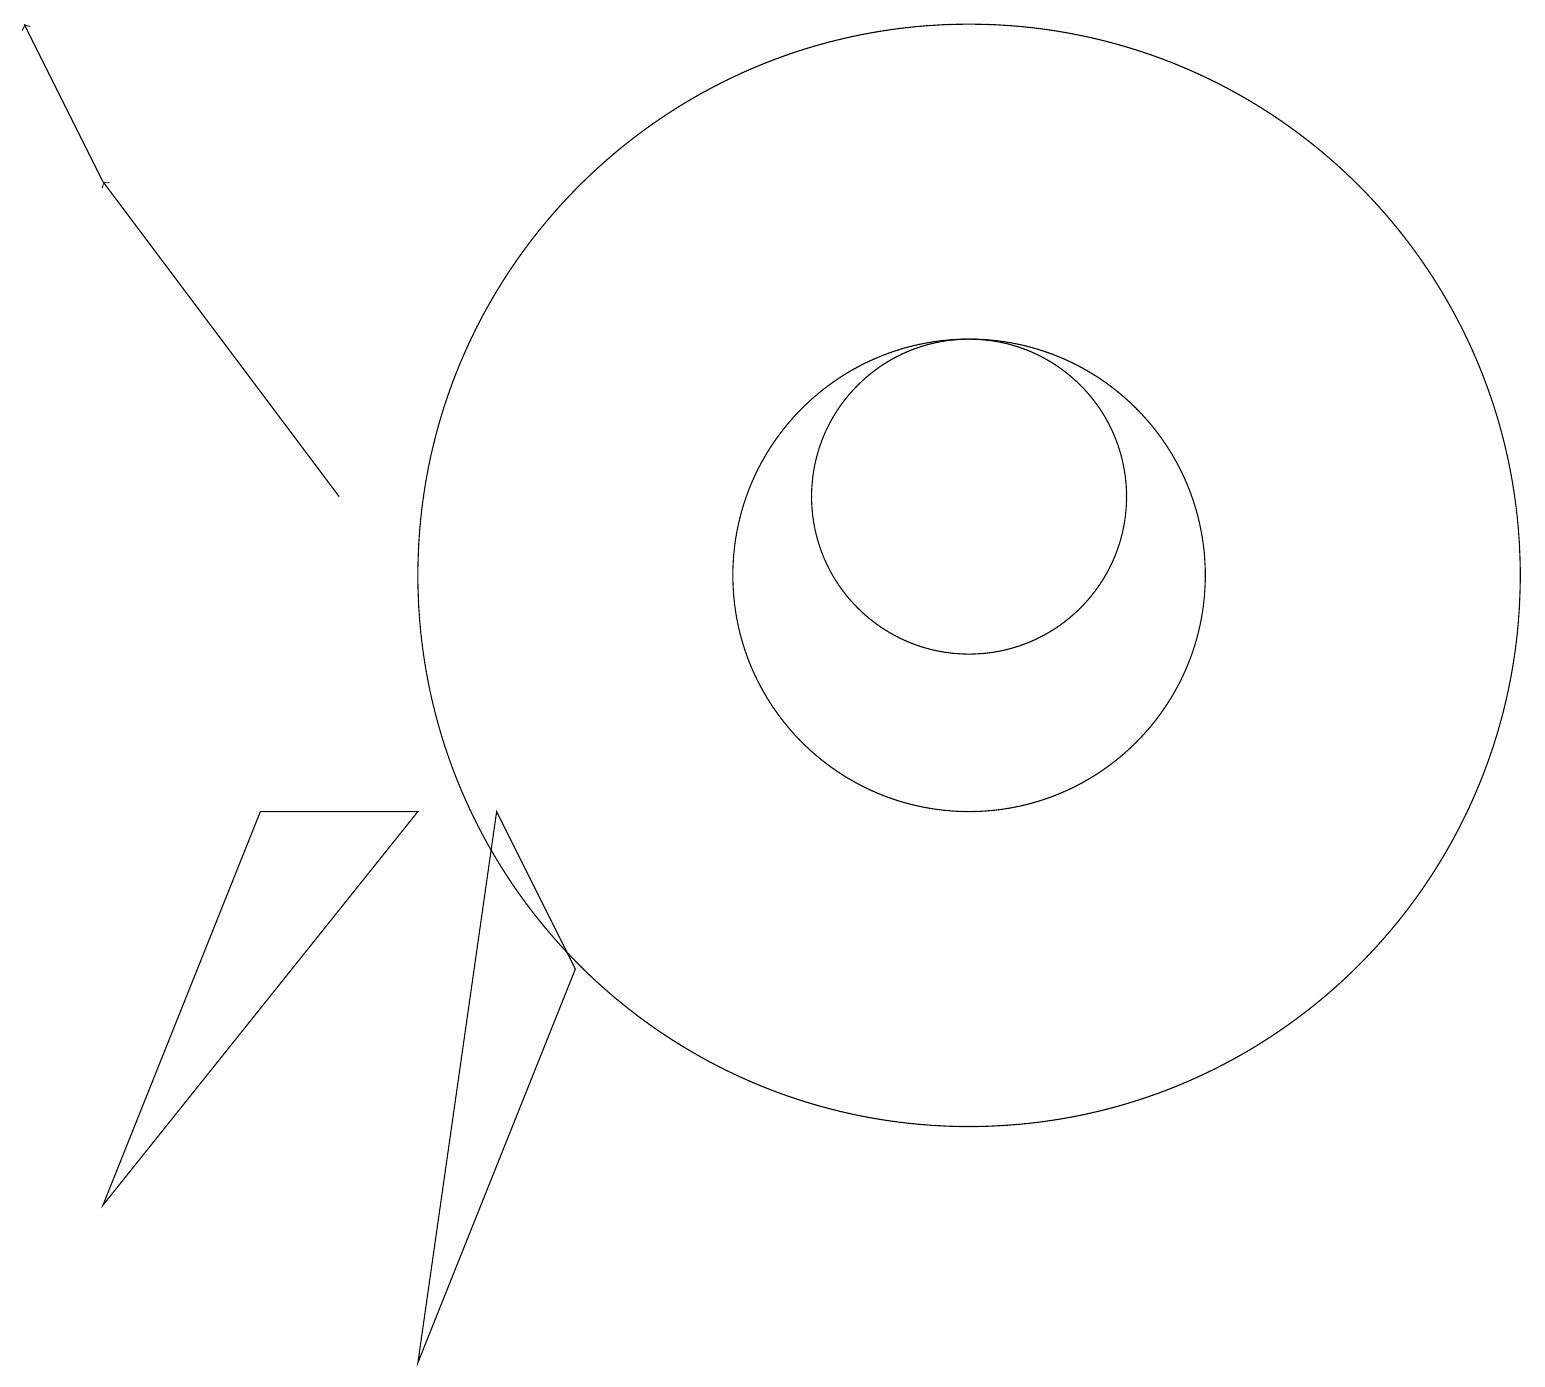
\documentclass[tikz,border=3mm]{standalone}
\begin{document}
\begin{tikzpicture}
\draw (12,10) circle (7);
\draw[->] (4,11) -- (1,15);
\draw (6,7) -- (5,0) -- (7,5) -- cycle;
\draw[->] (1,15) -- (0,17);
\draw (12,10) circle (3);
\draw (12,11) circle (2);
\draw (5,7) -- (3,7) -- (1,2) -- cycle;
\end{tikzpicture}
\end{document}